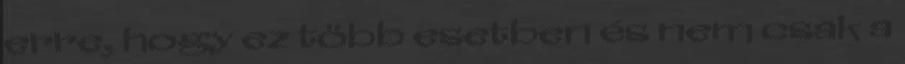
erre, hogy ez több esetben és nem csak a